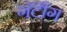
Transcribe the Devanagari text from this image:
गॅटींग